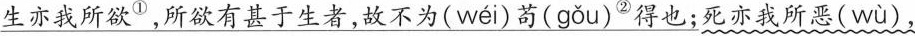
\underline{生亦我所欲^{①}，所欲有甚于生者，故不为( wéi )苟( gǒu )^{②}得也；}死亦我所恶( wù )，